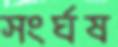
সংর্ঘষ